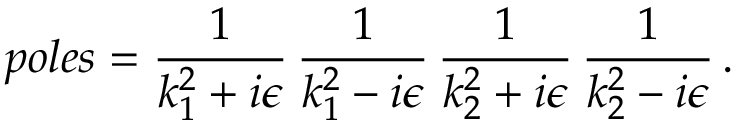
p o l e s = \frac { 1 } { k _ { 1 } ^ { 2 } + i \epsilon } \, \frac { 1 } { k _ { 1 } ^ { 2 } - i \epsilon } \, \frac { 1 } { k _ { 2 } ^ { 2 } + i \epsilon } \, \frac { 1 } { k _ { 2 } ^ { 2 } - i \epsilon } \, .